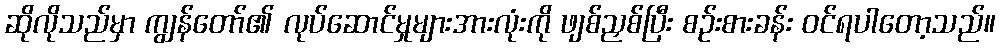
ဆိုလိုသည်မှာ ကျွန်တော်၏ လုပ်ဆောင်မှုများအားလုံးကို ဖျစ်ညှစ်ပြီး စဉ်းစားခန်း ဝင်ရပါတော့သည်။